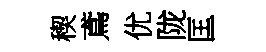
稧鳶优陇匡